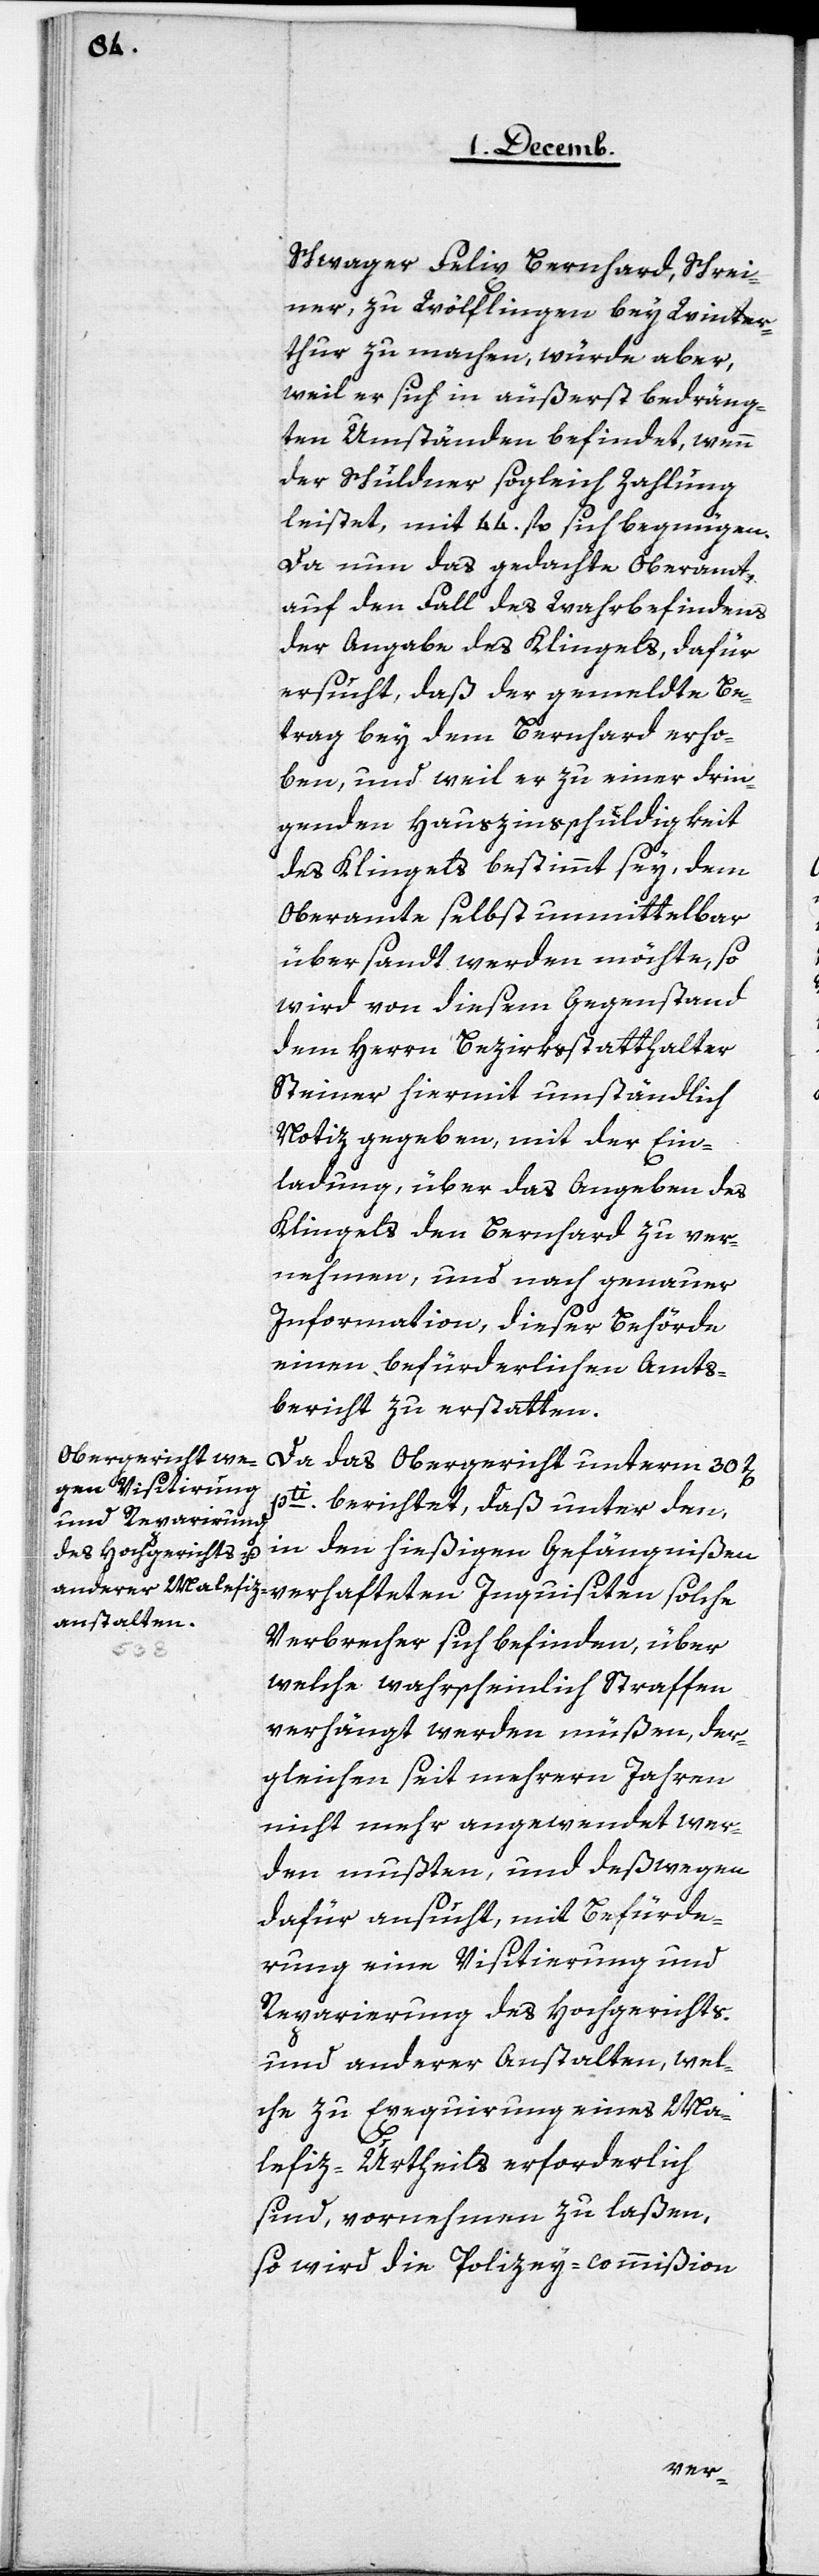
Schwager Felix Bernhard, Schrei¬
ner, zu Wölflingen [sic!] bey Winter¬
thur zu machen, würde aber,
weil er sich in äußerst bedräng¬
ten Umständen befindet, wenn
der Schuldner sogleich Zahlung
leistet, mit 44. fl. sich begnügen.
Da nun das gedachte Oberamt
auf den Fall des Wahrbefindens
der Angabe des Klingels, dafür
ersucht, daß der gemeldte Be¬
trag bey dem Bernhard erho¬
ben, und weil er zu einer drin¬
genden Hauszinsschuldigkeit
des Klingels bestimmt sey, dem
Oberamte selbst unmittelbar
übersandt werden möchte, so
wird von diesem Gegenstand
dem Herrn Bezirksstatthalter
Steiner hiermit umständlich
Notiz gegeben, mit der Ein¬
ladung, über das Angeben des
Klingels den Bernhard zu ver¬
nehmen, und nach genauer
Information, dieser Behörde
einen befürderlichen Amts¬
bericht zu erstatten.
Da das Obergericht unterm 30t[en]
pti berichtet, daß unter den,
in den hießigen Gefängnißen
Verbrecher sich befinden, über
welche wahrscheinlich Straffen
verhängt werden müßen, der¬
gleichen seit mehrern Jahren
nicht mehr angewendet wer¬
den mußten, und deßwegen
dafür ansucht, mit Befürde¬
rung eine Visitierung und
Reparierung des Hochgerichts
und anderer Anstalten, wel¬
che zu Exequirung eines Ma¬
lefiz-Urtheils erforderlich
sind, vornehmen zu laßen,
so wird die Polizey-commißion